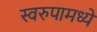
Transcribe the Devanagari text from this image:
स्वरुपामध्ये